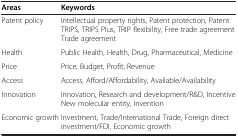
<table><thead><tr><td><b>Areas</b></td><td><b>Keywords</b></td></tr></thead><tbody><tr><td>Patent policy</td><td>Intellectual property rights, Patent protection, Patent TRIPS, TRIPS Plus, TRIP flexibility, Free trade agreement Trade agreement</td></tr><tr><td>Health</td><td>Public Health, Health, Drug, Pharmaceutical, Medicine</td></tr><tr><td>Price</td><td>Price, Budget, Profit, Revenue</td></tr><tr><td>Access</td><td>Access, Afford/Affordability, Available/Availability</td></tr><tr><td>Innovation</td><td>Innovation, Research and development/R&amp;D, Incentive New molecular entity, Invention</td></tr><tr><td>Economic growth</td><td>Investment, Trade/International Trade, Foreign direct investment/FDI, Economic growth</td></tr></tbody></table>